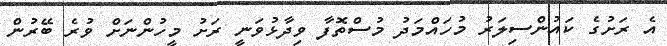
އެ ރަށުގެ ކައުންސިލަރު މުހައްމަދު މުސްތޮފާ ވިދާޅުވަނީ ރަށު މީހުންނަށް ވުރެ ބޭރުން